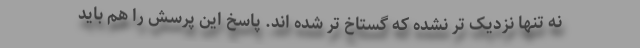
نه تنها نزدیک تر نشده که گستاخ تر شده اند. پاسخ این پرسش را هم باید